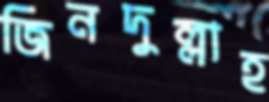
জিনদুল্লাহ